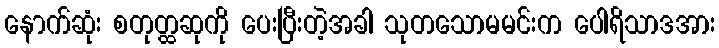
နောက်ဆုံး စတုတ္ထဆုကို ပေးပြီးတဲ့အခါ သုတသောမမင်းက ပေါရိသာဒအား